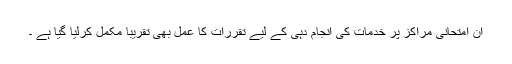
ان امتحانی مراکز پر خدمات کی انجام دہی کے لیے تقررات کا عمل بھی تقریبا مکمل کرلیا گیا ہے ۔